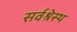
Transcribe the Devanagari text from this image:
सर्वश्रेस्ठ